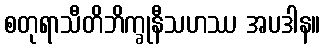
စတုရာသီတိဘိက္ခုနီသဟဿ အပဒါန။